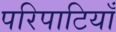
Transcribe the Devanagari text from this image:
परिपाटियाँ